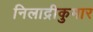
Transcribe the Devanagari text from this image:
निलाद्रीकुमार